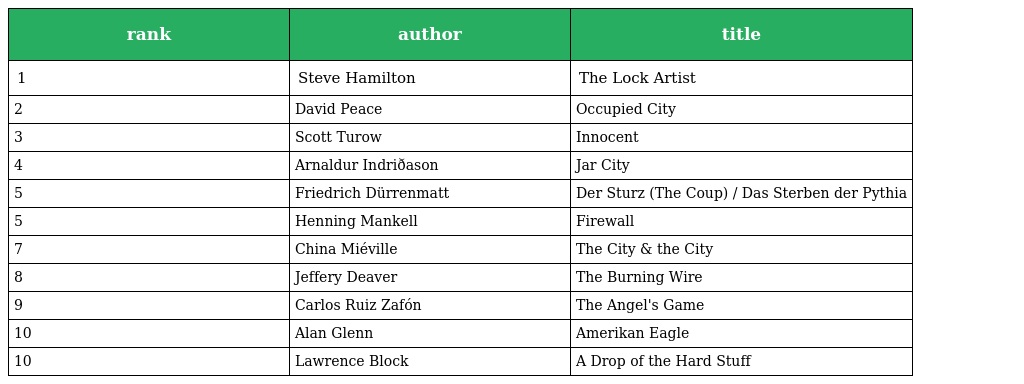
| rank | author | title |
 | --- | --- | --- |
 | 1 | Steve Hamilton | The Lock Artist |
 | 2 | David Peace | Occupied City |
 | 3 | Scott Turow | Innocent |
 | 4 | Arnaldur Indriðason | Jar City |
 | 5 | Friedrich Dürrenmatt | Der Sturz (The Coup) / Das Sterben der Pythia |
 | 5 | Henning Mankell | Firewall |
 | 7 | China Miéville | The City & the City |
 | 8 | Jeffery Deaver | The Burning Wire |
 | 9 | Carlos Ruiz Zafón | The Angel's Game |
 | 10 | Alan Glenn | Amerikan Eagle |
 | 10 | Lawrence Block | A Drop of the Hard Stuff |